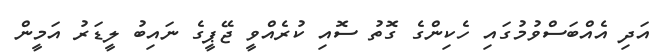
އަދި އެއްބަސްވުމުގައި ހެކިންގެ ގޮތު ސޮއި ކުރެއްވީ ޖޭޕީގެ ނައިބު ލީޑަރު އަމީން